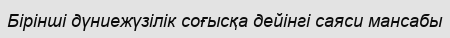
Бірінші дүниежүзілік соғысқа дейінгі саяси мансабы